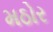
મઠોર